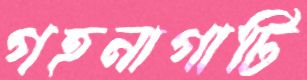
গহনাগাটি